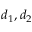
d _ { 1 } , d _ { 2 }